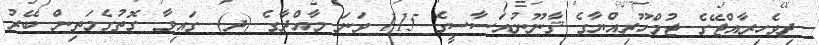
ދިވެހިރާއްޖޭގެ ޖުމްހޫރިއްޔާގެ ޤާނޫނުއަސާސީގެ 115 ވަނަ މާއްދާގެ (ދ) ގައިވާ ގޮތުގެމަތިން ބޭރު